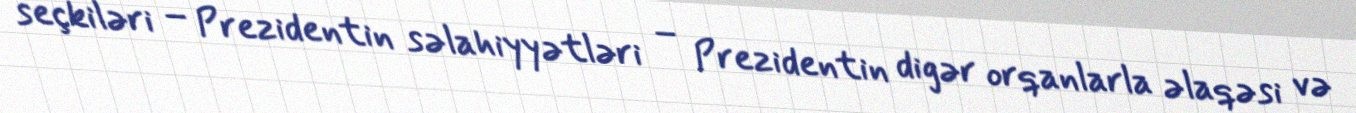
seçkiləri – Prezidentin səlahiyyətləri – Prezidentin digər orqanlarla əlaqəsi və